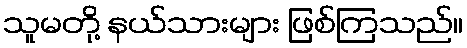
သူမတို့ နယ်သားများ ဖြစ်ကြသည်။